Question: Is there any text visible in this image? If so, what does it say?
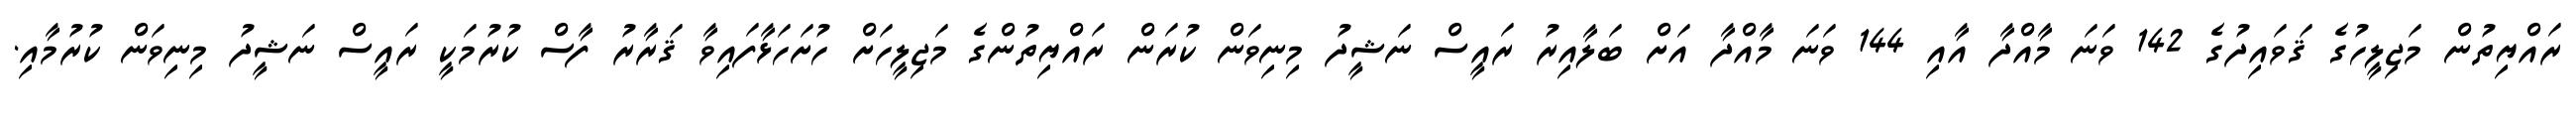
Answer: ރައްޔިތުން މަޖިލީހުގެ ޤަވައިދުގެ 142 ވަނަ މާއްދާ އާއި 144 ވަނަ މާއްދާ އަށް ބަލާއިރު ރައީސް ނަޝީދު މިނިވަން ކުރަން ރައްޔިތުންގެ މަޖިލީހަށް ހުށަހަޅާފައިވާ ޤަރާރު ފާސް ކުރުމަކީ ރައީސް ނަޝީދު މިނިވަން ކުރުމާއި.